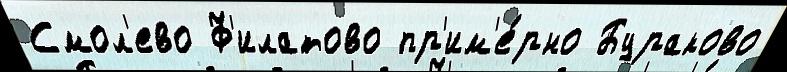
Смол'ево Ф'илатово пр'им'е́рно Бураково